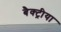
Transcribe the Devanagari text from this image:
बैक्ट्रीया